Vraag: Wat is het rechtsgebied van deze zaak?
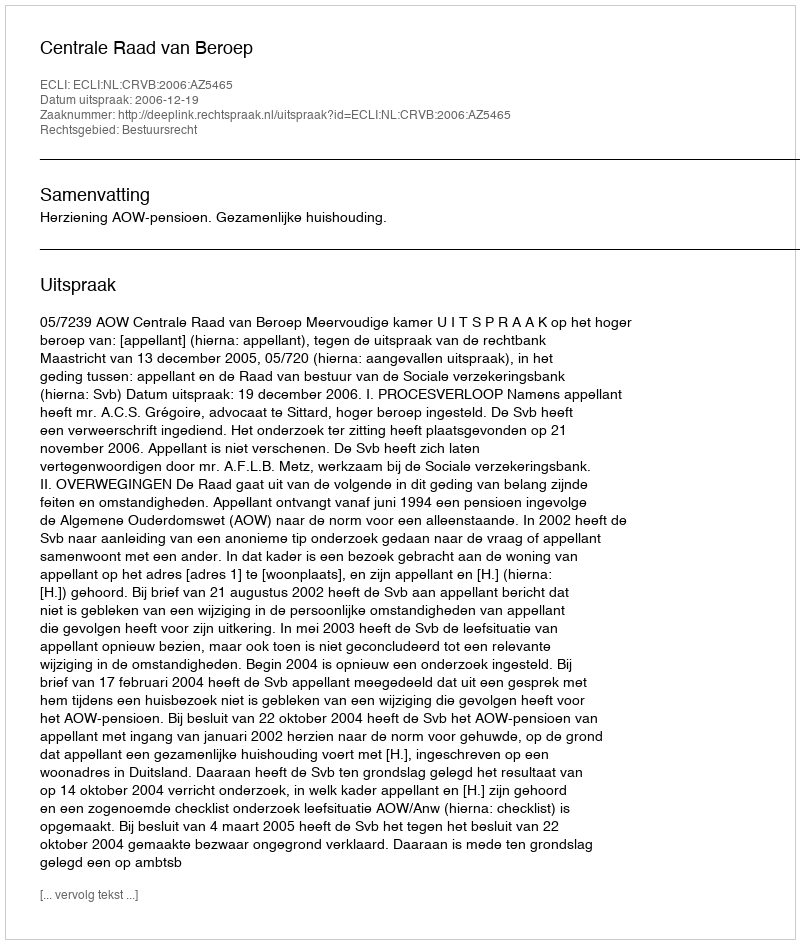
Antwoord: Bestuursrecht